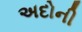
અદોની